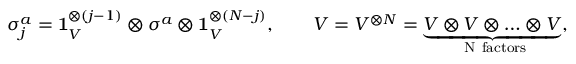
\sigma _ { j } ^ { a } = \mathbf { 1 } _ { V } ^ { \otimes ( j - 1 ) } \otimes \sigma _ { } ^ { a } \otimes \mathbf { 1 } _ { V } ^ { \otimes ( N - j ) } , \qquad { \cal V } = V ^ { \otimes N } = \underbrace { V \otimes V \otimes \ldots \otimes V } _ { \mathrm { ~ N ~ f a c t o r s } } ,